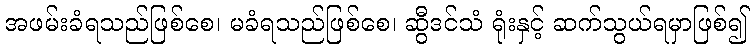
အဖမ်းခံရသည်ဖြစ်စေ၊ မခံရသည်ဖြစ်စေ၊ ဆွီဒင်သံ ရုံးနှင့် ဆက်သွယ်ရမှာဖြစ်၍